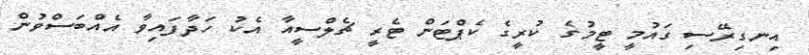
އިނގިރޭސި ގައުމީ ޓީމުގެ ކުރީގެ ކެޕްޓަން ޓެރީ ޗެލްސީއާ އެކު ހަދާފައިވާ އެއްބަސްވުން